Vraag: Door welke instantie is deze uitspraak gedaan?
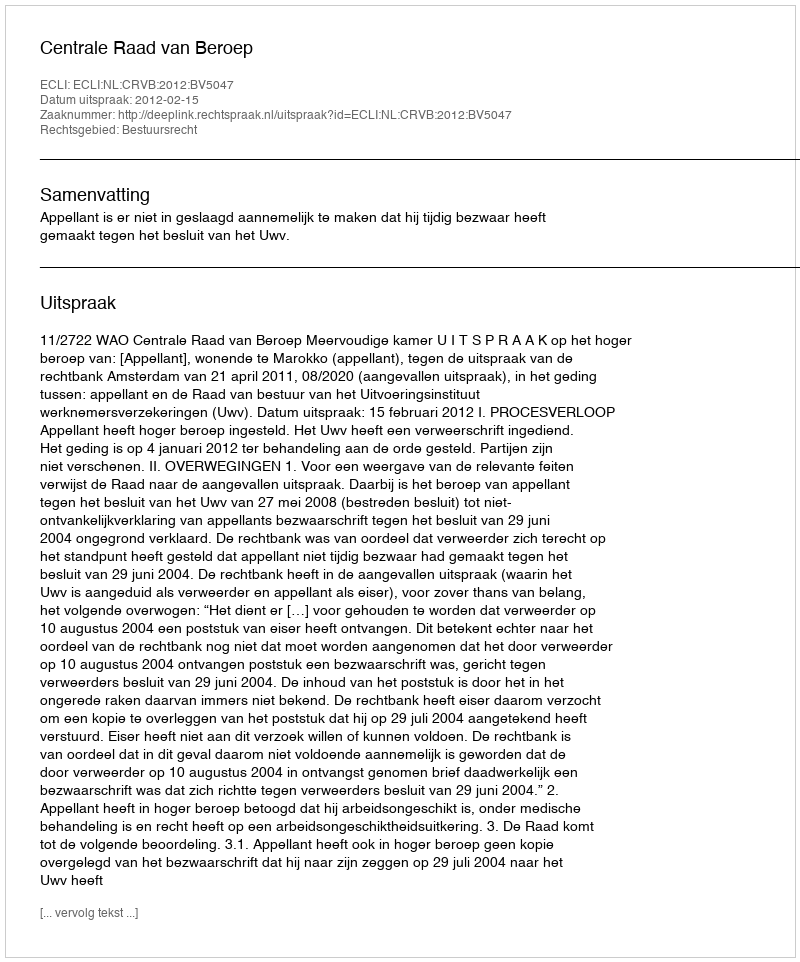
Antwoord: Centrale Raad van Beroep